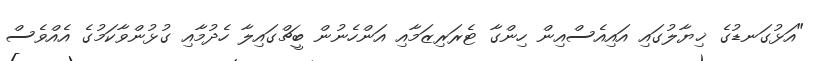
"އަޅުގަނޑުގެ ޚިޔާލުގައި އައިއެސްއިން ހިންގާ ޓެރަރިޒަމާއި އަންހެނުން ބީޗްގައިލާ ހެދުމާއި ގުޅުންވާކަމުގެ އެއްވެސް